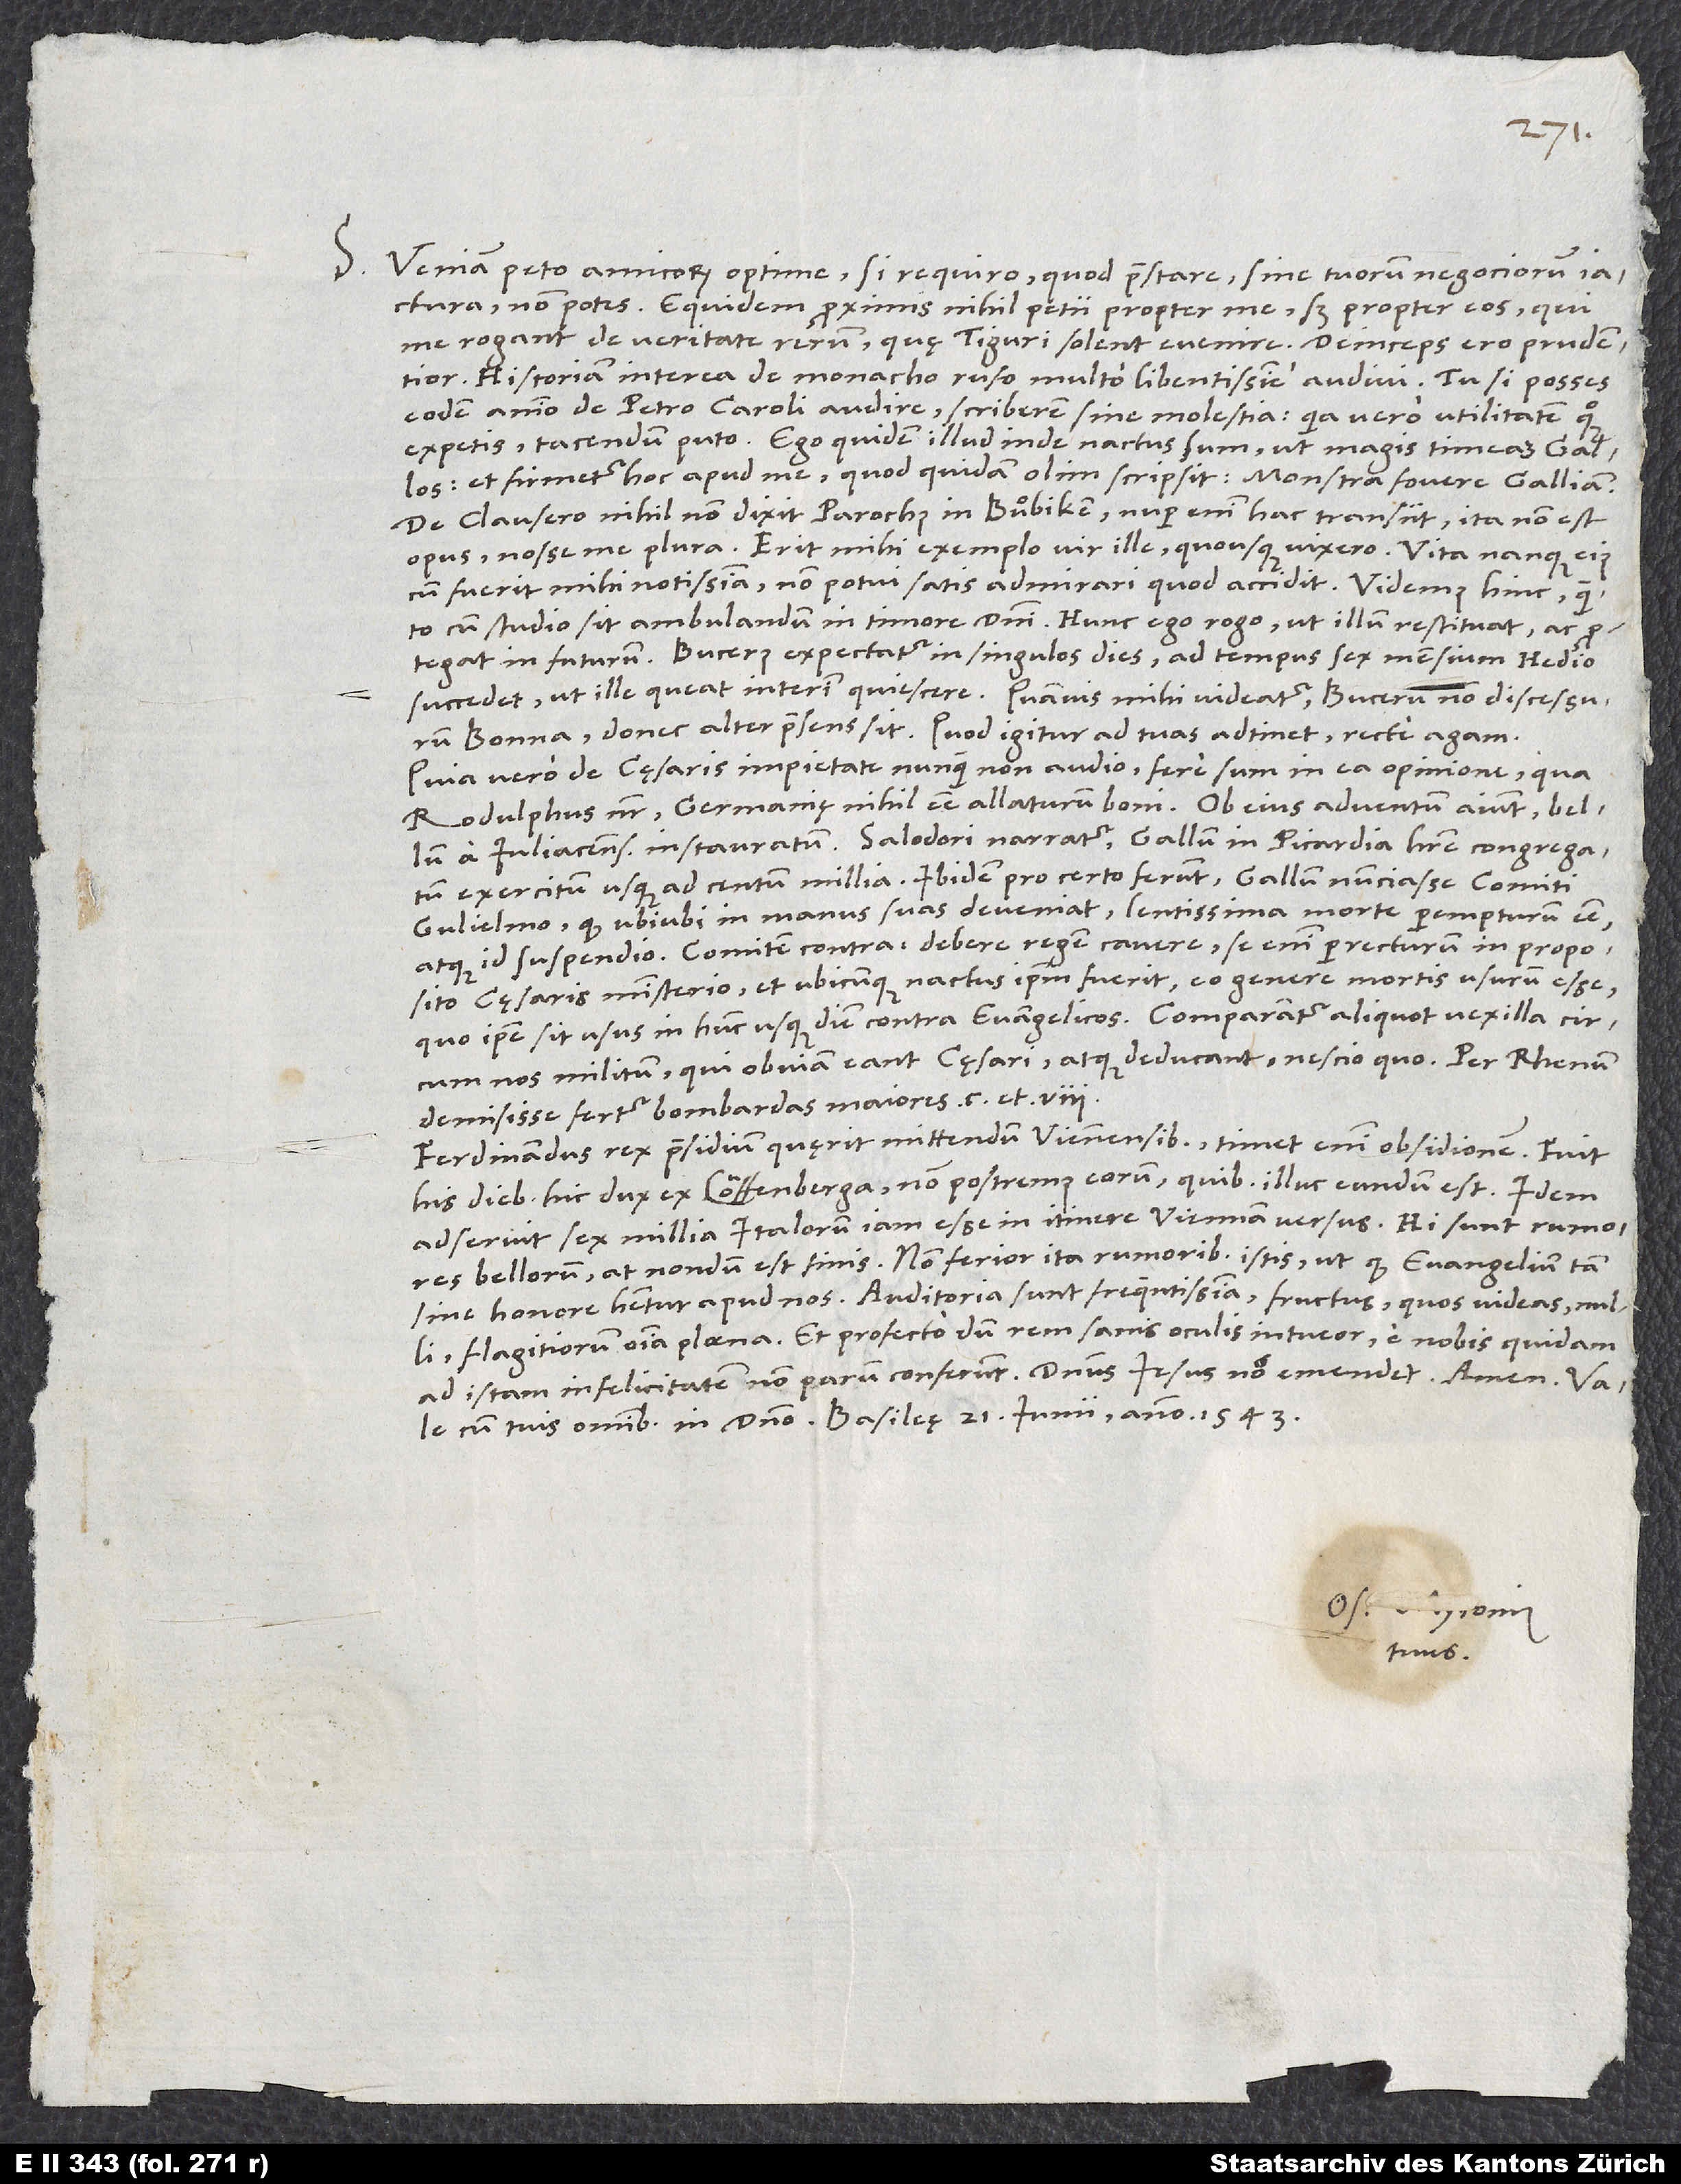
21.
S. Veniam peto, amicorum optime, si requiro, quod praestare sine tuorum negociorum
iactura non potes. Equidem proximis nihil petii propter me, sed propter eos, qui
Historiam interea de monacho rufo multo libentissime audivi. Tu si posses
eodem animo de Petro Caroli audire, scriberem sine molestia; quia vero utilitatem quoque
expetis, tacendum puto. Ego quidem illud inde nactus sum, ut magis timeam Gallos
et firmetur hoc apud me, quod quidam olim scripsit: monstra fovere Galliam.
De Clausero nihil non dixit parochus in Buͦbiken - nuper enim hac transiit -, ita non est
opus nosse me plura. Erit mihi exemplo vir ille, quousque vixero. Vita nanque eius
cum fuerit mihi notissima, non potui satis admirari, quod accidit. Videmus hinc, quanto
cum studio sit ambulandum in timore domini. Hunc ego rogo, ut illum restituat ac protegat
Bucerus expectatur in singulos dies; ad tempus sex mensium Hedio
succedet, ut ille queat interim quiescere, quamvis mihi videatur Bucerum non discessurum
Bonna, donec alter praesens sit. Quod igitur ad tuas adtinet, recte agam.
Quia vero de cęsaris impietate nunquam non audio, fere sum in ea opinione, qua
Rodulphus noster, Germanię nihil esse allaturum boni. Ob eius adventum aiunt bellum
a Iuliacensi instauratum. Salodori narratur Gallum in Picardia habere congregatum
exercitum usque ad centum millia. Ibidem pro certo ferunt Gallum nunciasse comiti
Gulielmo, quod, ubiubi in manus suas deveniat, lentissima morte perempturum esse
atque id suspendio; comitem contra: debere regem cavere, se enim perrecturum in proposito
cęsaris ministerio et, ubicunque nactus ipsum fuerit, eo genere mortis usurum esse,
circum nos militum, qui obviam eant cęsari atque deducant nescio quo. Per Rhenum
demisisse fertur bombardos maiores
Ferdinandus rex praesidium quęrit mittendum Viennensibus; timet enim obsidionem. Fuit
his diebus hic dux ex Louffenberga, non postremus eorum, quibus illuc eundum est. Idem
adseruit sex millia Italorum iam esse in itinere Viennam versus. Hi sunt rumores
bellorum; at nondum est finis. Non ferior ita rumoribus istis, ut quod evangelium tam
sine honore habetur apud nos. Auditoria sunt frequentissima; fructus, quos videas, nulli,
flagitiorum omnia plaena. Et profecto, dum rem sanis oculis intueor, e nobis quidam
ad istam infelicitatem non parum conferunt. Dominus Iesus nos emendet. Amen.
tuus.